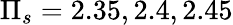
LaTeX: \Pi_{s}=2.35,2.4,2.45